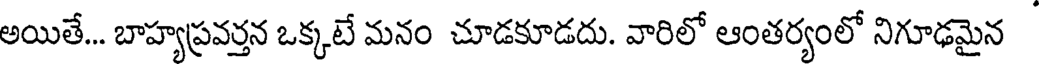
అయితే... బాహ్యప్రవర్తన ఒక్కటే మనం చూడకూడదు. వారిలో ఆంతర్యంలో నిగూఢమైన